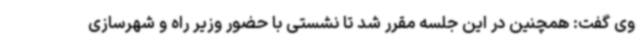
وی گفت: همچنین در این جلسه مقرر شد تا نشستی با حضور وزیر راه و شهرسازی